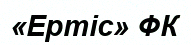
«Ертіс» ФК